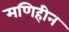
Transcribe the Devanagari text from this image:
मणिहीन